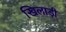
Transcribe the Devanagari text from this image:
खिलाड़ी